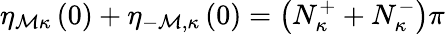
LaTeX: \eta_{\mathcal{M}\kappa}\left(0\right)+\eta_{-\mathcal{M},\kappa}\left(0\right)=\left(N_{\kappa}^{+}+N_{\kappa}^{-}\right)\pi